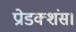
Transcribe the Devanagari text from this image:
प्रोडक्शंस।